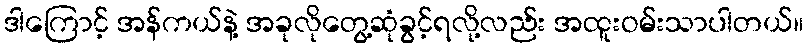
ဒါကြောင့် အန်ကယ်နဲ့ အခုလိုတွေ့ဆုံခွင့်ရလို့လည်း အထူးဝမ်းသာပါတယ်။